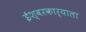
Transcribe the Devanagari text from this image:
ईश्वरकार्याला